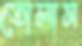
তোলাস